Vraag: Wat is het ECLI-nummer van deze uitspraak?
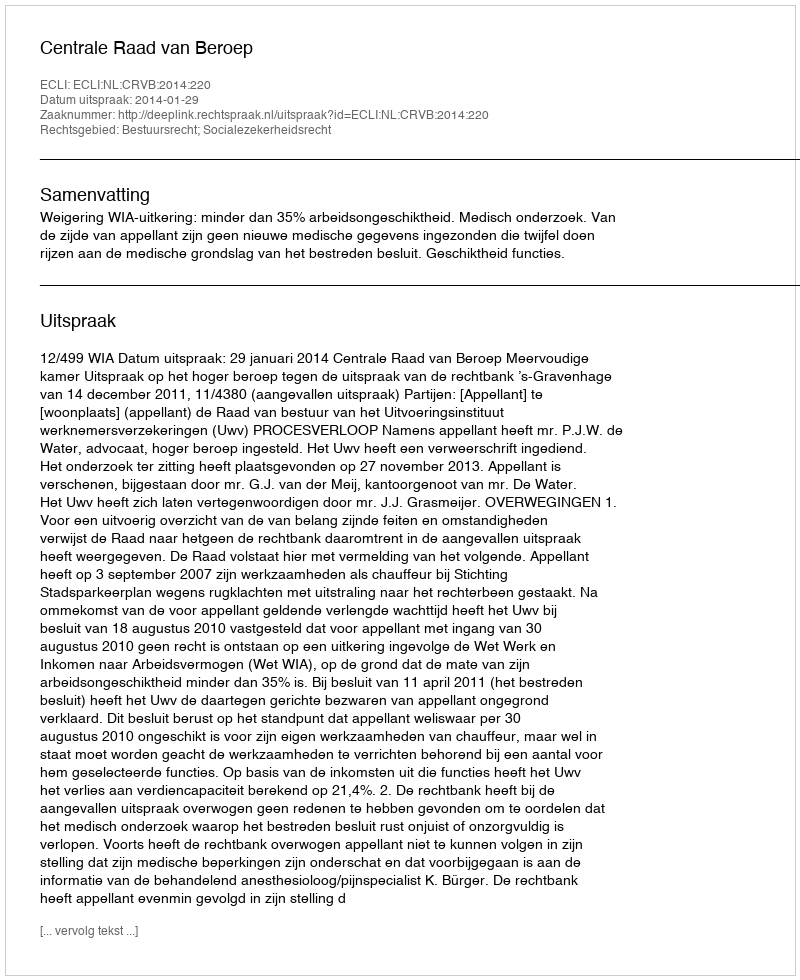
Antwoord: ECLI:NL:CRVB:2014:220